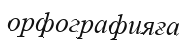
орфографияға